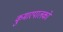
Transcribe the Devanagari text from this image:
कुमारपालको